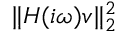
\| \b { H } ( i \omega ) \b { v } \| _ { 2 } ^ { 2 }